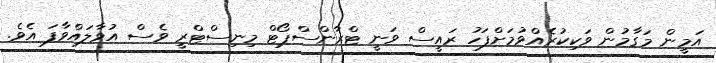
އަމީން މަގާމުން ވަކިކުރެއްވުމަށްފަހު ރައީސް ވަނީ ޓްރާންސްޕޯޓް މިނިސްޓްރީ ވެސް އުވާލައްވާފަ އެވެ.